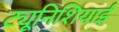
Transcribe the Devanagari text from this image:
ट्यूनिशियाई